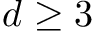
d \geq 3